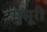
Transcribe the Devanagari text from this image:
मुसूरी